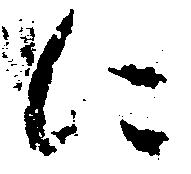
に